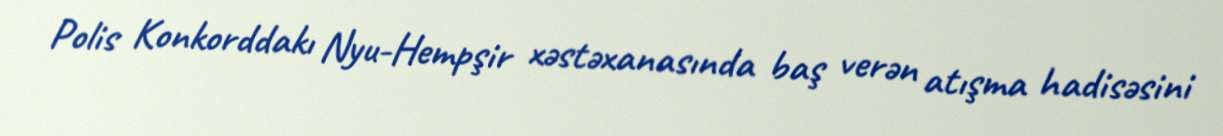
Polis Konkorddakı Nyu-Hempşir xəstəxanasında baş verən atışma hadisəsini